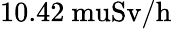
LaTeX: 10.42\mathrm{{\ mu}Sv/h}